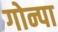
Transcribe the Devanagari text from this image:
गोन्पा